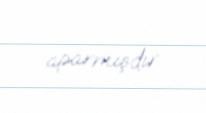
aparmışdır.